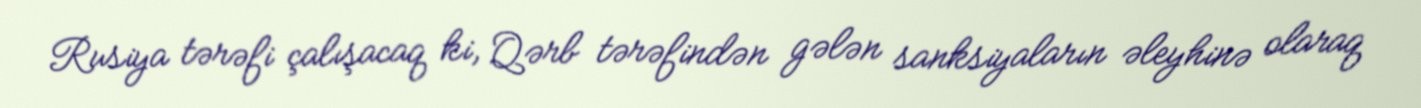
Rusiya tərəfi çalışacaq ki, Qərb tərəfindən gələn sanksiyaların əleyhinə olaraq